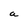
Character: a